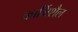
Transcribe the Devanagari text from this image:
कार्मिशैल